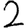
Digit: 2